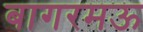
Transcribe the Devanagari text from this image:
बागरमऊ